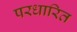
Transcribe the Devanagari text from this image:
परधारित